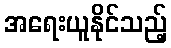
အရေးယူနိုင်သည့်